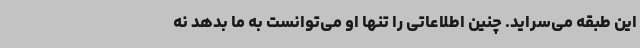
این طبقه می‌سراید. چنین اطلاعاتی را تنها او می‌توانست به ما بدهد نه